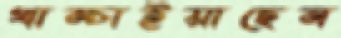
খাম্‌চাইয়াছেন